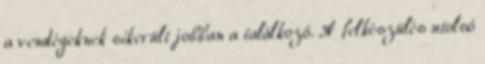
a vendégeknek sikerült jobban a találkozó. A felkészülés utolsó